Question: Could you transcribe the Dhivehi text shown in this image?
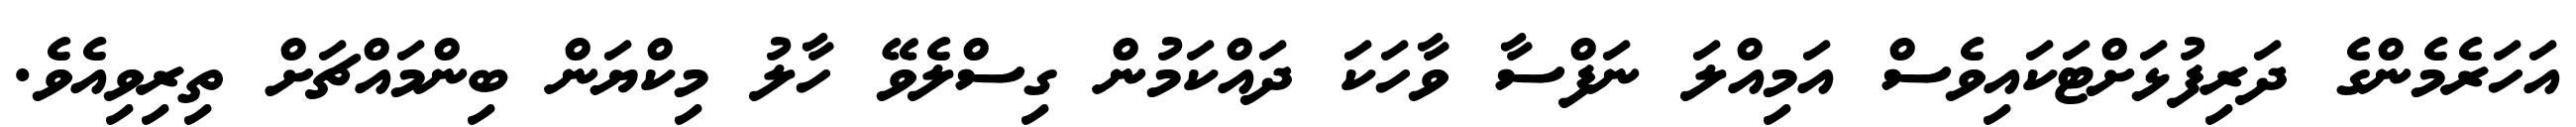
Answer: އަހަރެމެންގެ ދަރިފުޅަށްޓަކައިވެސް އަމިއްލަ ނަފްސާ ވާހަކަ ދައްކަމުން ގިސްލެވޭ ހާލު މިކްޔަން ބިންމައްޗަށް ތިރިވިއެވެ.